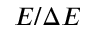
E / \Delta E